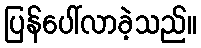
ပြန်ပေါ်လာခဲ့သည်။